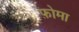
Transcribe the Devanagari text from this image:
फ़ोमा